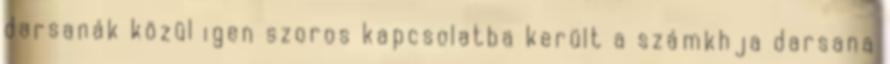
darsanák közül igen szoros kapcsolatba került a számkhja darsana